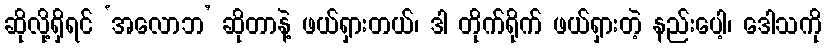
ဆိုလို့ရှိရင် ‘အလောဘ’ ဆိုတာနဲ့ ဖယ်ရှားတယ်၊ ဒါ တိုက်ရိုက် ဖယ်ရှားတဲ့ နည်းပေါ့၊ ဒေါသကို